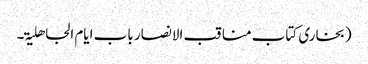
(بخاری کتاب مناقب الانصار باب ایام الجاھلیۃ۔